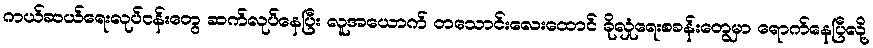
ကယ်ဆယ်ရေးလုပ်ငန်းတွေ ဆက်လုပ်နေပြီး လူအယောက် တသောင်းလေးထောင် ခိုလှုံရေးစခန်းတွေမှာ ရောက်နေပြီလို့